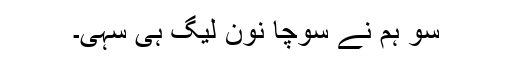
سو ہم نے سوچا نون لیگ ہی سہی۔